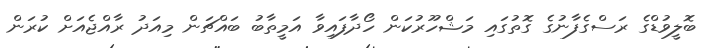
ބޮލީވުޑްގެ ރަސްގެފާނުގެ ގޮތުގައި މަޝްހޫރުކަން ހޯދާފައިވާ އަމީތާބު ބައްޗަން މިއަދު ރާއްޖެއަށް ކުރަން